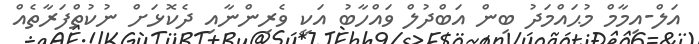
އަލް-އިމާމް މުޙައްމަދު ބިން އަބްދުލް ވައްހާބު އަކީ ވެރިންނާއި ދެކޮޅަށް ނުކުތްފަރާތެއް